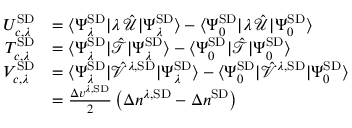
\begin{array} { r l } { U _ { c , \lambda } ^ { \mathrm { S D } } } & { = \langle \Psi _ { \lambda } ^ { \mathrm { S D } } | \lambda \, \hat { \mathcal { U } } | \Psi _ { \lambda } ^ { \mathrm { S D } } \rangle - \langle \Psi _ { 0 } ^ { \mathrm { S D } } | \lambda \, \hat { \mathcal { U } } | \Psi _ { 0 } ^ { \mathrm { S D } } \rangle } \\ { T _ { c , \lambda } ^ { \mathrm { S D } } } & { = \langle \Psi _ { \lambda } ^ { \mathrm { S D } } | \hat { \mathcal { T } } | \Psi _ { \lambda } ^ { \mathrm { S D } } \rangle - \langle \Psi _ { 0 } ^ { \mathrm { S D } } | \hat { \mathcal { T } } | \Psi _ { 0 } ^ { \mathrm { S D } } \rangle } \\ { V _ { c , \lambda } ^ { \mathrm { S D } } } & { = \langle \Psi _ { \lambda } ^ { \mathrm { S D } } | \hat { \mathcal { V } } ^ { \lambda , \mathrm { S D } } | \Psi _ { \lambda } ^ { \mathrm { S D } } \rangle - \langle \Psi _ { 0 } ^ { \mathrm { S D } } | \hat { \mathcal { V } } ^ { \lambda , \mathrm { S D } } | \Psi _ { 0 } ^ { \mathrm { S D } } \rangle } \\ & { = \frac { \Delta v ^ { \lambda , \mathrm { S D } } } { 2 } \left( \Delta n ^ { \lambda , \mathrm { S D } } - \Delta n ^ { \mathrm { S D } } \right) } \end{array}